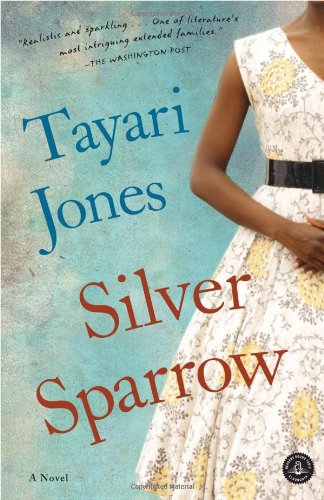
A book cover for Silver Sparrow; Tayari Jones; Literature & Fiction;